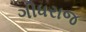
ગીધરાજ